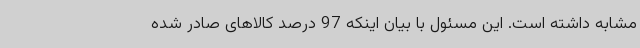
مشابه داشته است. این مسئول با بیان اینکه 97 درصد کالاهای صادر شده